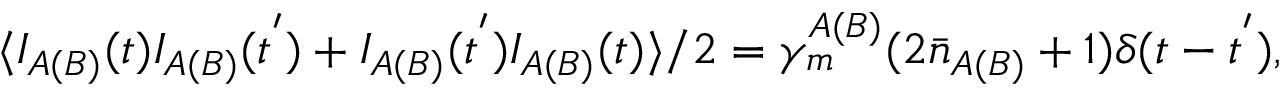
\langle I _ { A ( B ) } ( t ) I _ { A ( B ) } ( t ^ { ' } ) + I _ { A ( B ) } ( t ^ { ' } ) I _ { A ( B ) } ( t ) \rangle / 2 = \gamma _ { m } ^ { A ( B ) } ( 2 \bar { n } _ { A ( B ) } + 1 ) \delta ( t - t ^ { ' } ) ,